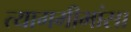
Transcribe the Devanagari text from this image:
त्यागमीमांसा